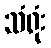
သံရုံး